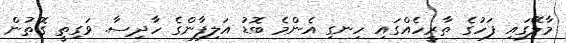
މާލޭގައި ފަހުގެ ތާރީހެއްގައި ހިނގި އެންމެ ބޮޑު އަލިފާންގެ ހާދިސާ. ވަގިތީ ގޮތުން